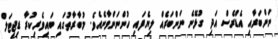
ނަންބަރާއި އެޑްރެސް އަދި ގުޅޭނެ ނަންބަރެއް ލިޔެފައި ހުންނަންވާނެއެވެ. މުބާރާތުގައި ބައިވެރިކުރާ ޑިޖިޓަލް